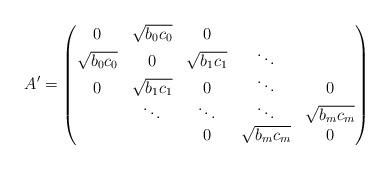
LaTeX: \begin{gather*}A'= \left( \begin{matrix} 0 & \sqrt{b_0c_0} & 0 & & \\ \sqrt{b_0c_0} & 0 & \sqrt{b_1c_1} & \ddots & \\ 0 & \sqrt{b_1c_1} & 0 & \ddots & 0 \\ &\ddots & \ddots & \ddots & \sqrt{b_{m}c_m} \\ & & 0 & \sqrt{b_{m}c_m} & 0 \end{matrix} \right)\end{gather*}